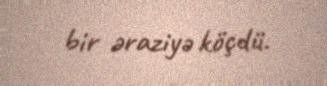
bir əraziyə köçdü.